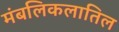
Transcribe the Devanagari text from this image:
मंबलिकलातिल